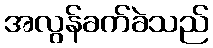
အလွန်ခက်ခဲသည်